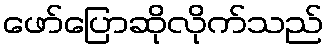
ဖော်ပြောဆိုလိုက်သည်